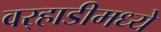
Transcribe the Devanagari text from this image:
वर्‍हाडीमध्ये